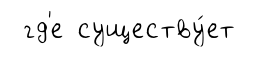
гд'е существу́ет